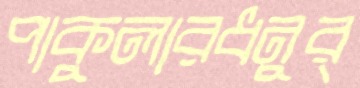
পাকুলারধনুর্